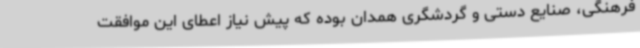
فرهنگی، صنایع دستی و گردشگری همدان بوده که پیش نیاز اعطای این موافقت